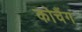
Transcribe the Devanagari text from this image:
कोचैंग